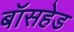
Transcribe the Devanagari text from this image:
बॉसहेड